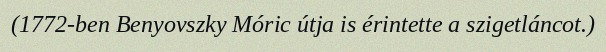
(1772-ben Benyovszky Móric útja is érintette a szigetláncot.)